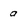
Character: a